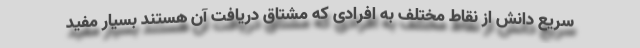
سریع دانش از نقاط مختلف به افرادی که مشتاق دریافت آن هستند بسیار مفید